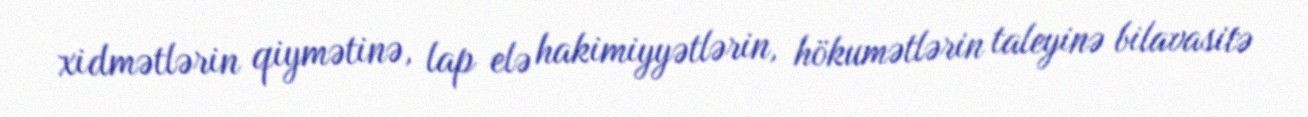
xidmətlərin qiymətinə, lap elə hakimiyyətlərin, hökumətlərin taleyinə bilavasitə